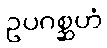
ဥပဂစ္ဆဟံ